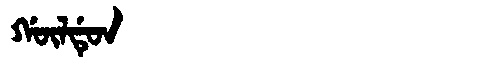
Manchu: ᡤᡡᠯᡩᡠᠨ
Romanization: GŪLDUN